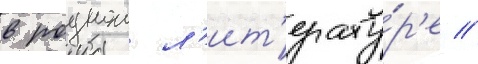
в роднои л'ит'ерату́р'е //